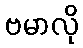
ဗမာလို